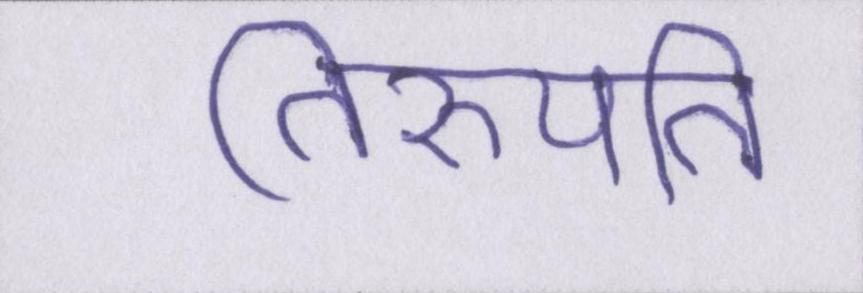
तिरुपति